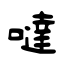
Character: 噠